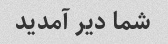
شما دیر آمدید